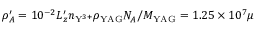
\rho _ { A } ^ { \prime } = 1 0 ^ { - 2 } L _ { z } ^ { \prime } n _ { \mathrm { Y } ^ { 3 + } } \rho _ { \mathrm { Y A G } } N _ { A } / M _ { \mathrm { Y A G } } = 1 . 2 5 \times 1 0 ^ { 7 } \mu